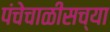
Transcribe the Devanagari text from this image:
पंचेचाळीसच्या